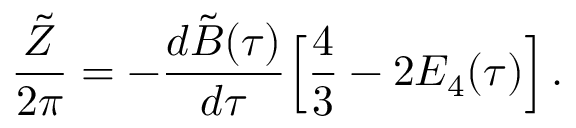
{ \frac { \tilde { Z } } { 2 \pi } } = - { \frac { d { \tilde { B } } ( \tau ) } { d \tau } } \Big [ { \frac { 4 } { 3 } } - 2 E _ { 4 } ( \tau ) \Big ] \, .